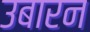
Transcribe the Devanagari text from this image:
उबारन